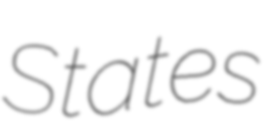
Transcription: States